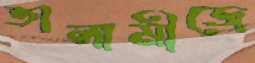
তালামীজে